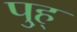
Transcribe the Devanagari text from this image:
पु्ह्